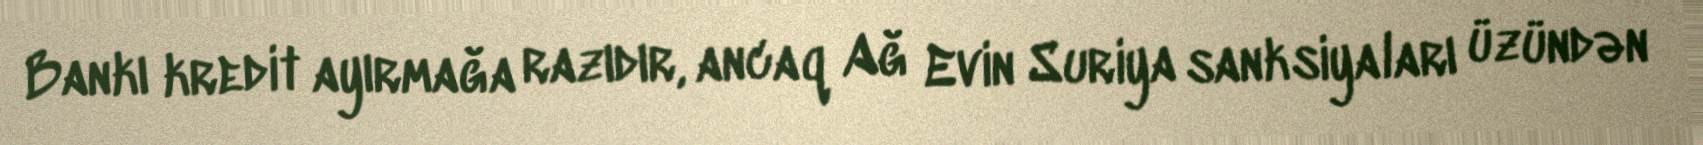
Bankı kredit ayırmağa razıdır, ancaq Ağ Evin Suriya sanksiyaları üzündən